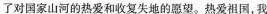
了对国家山河的热爱和收复失地的愿望。热爱祖国，我